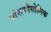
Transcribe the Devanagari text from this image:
वांशभौगोलिक